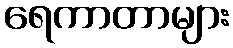
ရေကာတာများ